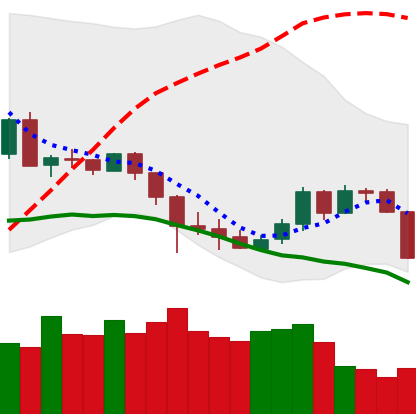
Ticker: DOGE-USD
Chart end date: 2020-03-08
Forward return: -20.53%
Label: down_7plus